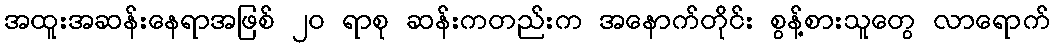
အထူးအဆန်းနေရာအဖြစ် ၂၀ ရာစု ဆန်းကတည်းက အနောက်တိုင်း စွန့်စားသူတွေ လာရောက်